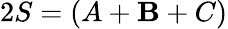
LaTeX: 2S=(A+\mathbf{B}+C)